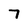
Character: 7